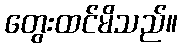
တွေးထင်မိသည်။